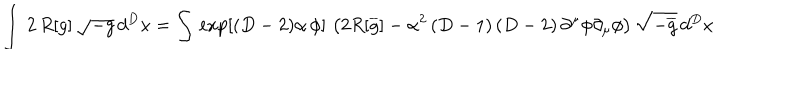
\int \, 2 \, R [ g ] \, \sqrt { - g } \, d ^ { D } x = \int \, \exp \left[ ( D - 2 ) \alpha \, \phi \right] \, \left( 2 R [ \overline { { { g } } } ] - \alpha ^ { 2 } \left( D - 1 \right) \left( D - 2 \right) \partial ^ { \mu } \phi \partial _ { \mu } \phi \right) \sqrt { - \overline { { { g } } } } \, d ^ { D } x